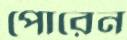
পোরেন